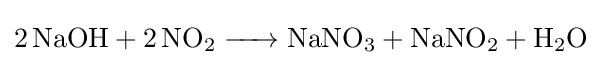
{\ce {2NaOH + 2NO2 -> NaNO3 + NaNO2 + H2O}}